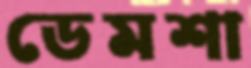
ডেমশা